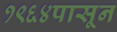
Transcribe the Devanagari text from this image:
१९६४पासून